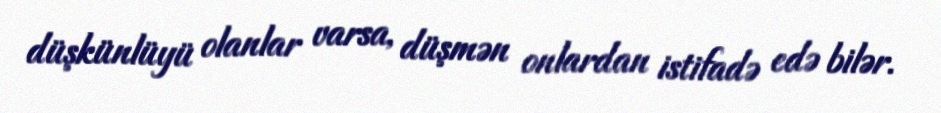
düşkünlüyü olanlar varsa, düşmən onlardan istifadə edə bilər.